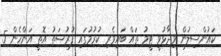
ކައުންސިލުން ވިދާޅުވީ ޓީމު ތައް ބައިވެރި ކުރުމުގައި ފުރުޞަތު އޮތީ އަންހެން 5